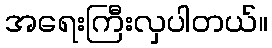
အရေးကြီးလှပါတယ်။